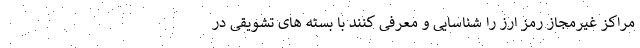
مراکز غیرمجاز رمز ارز را شناسایی و معرفی کنند با بسته های تشویقی در